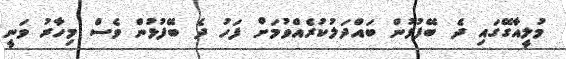
މުލީއާގޭގައި ދެ ބޭފުޅުން ބައްދަލުކުރެއްވުމަށް ފަހު ދެ ބޭފުޅުން ވެސް މިހާރު ވަނީ